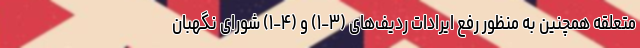
متعلقه همچنین به منظور رفع ایرادات ردیف‌های (۳-۱) و (۴-۱) شورای نگهبان